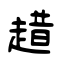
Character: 趞